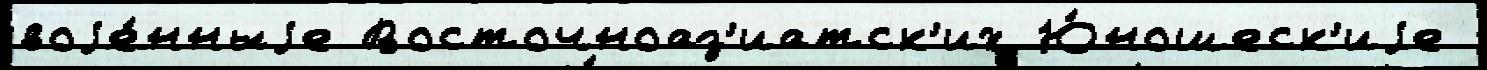
воjе́нныjе Восточноаз'иатск'их Ю́ношеск'иjе